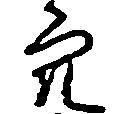
穴